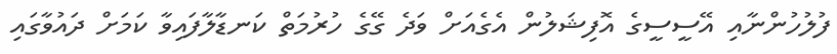
ފުލުހުންނާއި އޭސީސީގެ އޮފިޝަލުން އެގެއަށް ވަދެ ގޭގެ ހުރުމަތް ކަނޑާލާފައިވާ ކަމަށް ދައުވާގައި